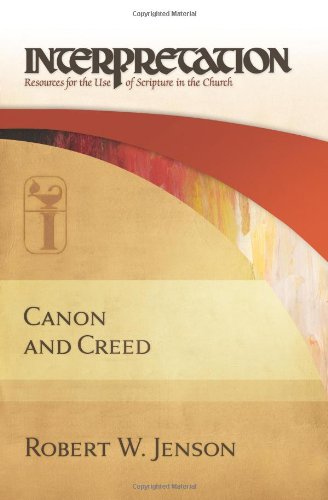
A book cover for Canon and Creed: Interpretation: Resources for the Use of Scripture in the Church; Robert W. Jenson; Christian Books & Bibles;